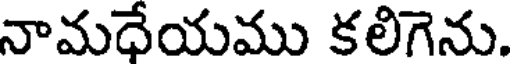
నామధేయము కలిగెను.